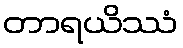
တာရယိဿံ